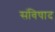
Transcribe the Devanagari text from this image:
संविषाद